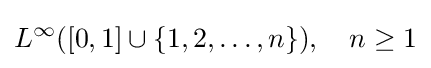
L^{\infty }([0,1]\cup \{1,2,\ldots ,n\}),\quad n\geq 1